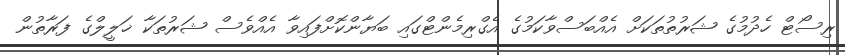
ރިސޯޓް ހެދުމުގެ ޝަރުތުތަކަށް އެއްބަސްވާކަމުގެ އެގްރިމެންޓްގައި ބަޔާންކޮށްފައިވާ އެއްވެސް ޝަރުތަކާ ޚަލީލްގެ ފަރާތުން